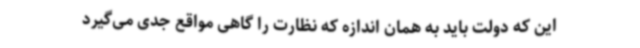
این که دولت باید به همان اندازه که نظارت را گاهی مواقع جدی می‌گیرد